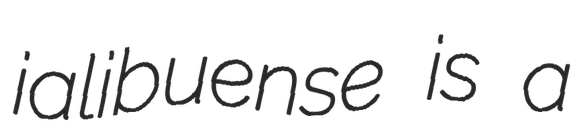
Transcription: ialibuense is a